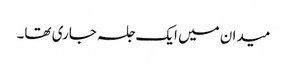
میدان میں ایک جلسہ جاری تھا۔